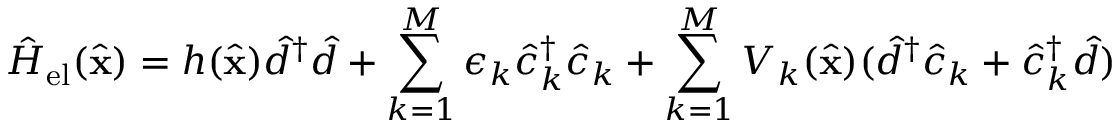
\hat { H } _ { \mathrm { e l } } ( \hat { \mathbf { x } } ) = h ( \hat { \mathbf { x } } ) \hat { d } ^ { \dag } \hat { d } + \sum _ { k = 1 } ^ { M } \epsilon _ { k } \hat { c } _ { k } ^ { \dag } \hat { c } _ { k } + \sum _ { k = 1 } ^ { M } V _ { k } ( \hat { \mathbf { x } } ) ( \hat { d } ^ { \dag } \hat { c } _ { k } + \hat { c } _ { k } ^ { \dag } \hat { d } )